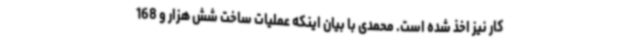
کار نیز اخذ شده است. محمدی با بیان اینکه عملیات ساخت شش هزار و 168